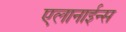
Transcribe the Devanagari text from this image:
एलानाईन्स